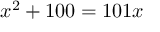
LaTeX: x ^ { 2 } + 1 0 0 = 1 0 1 x